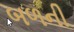
બળની